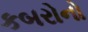
કબરોનો